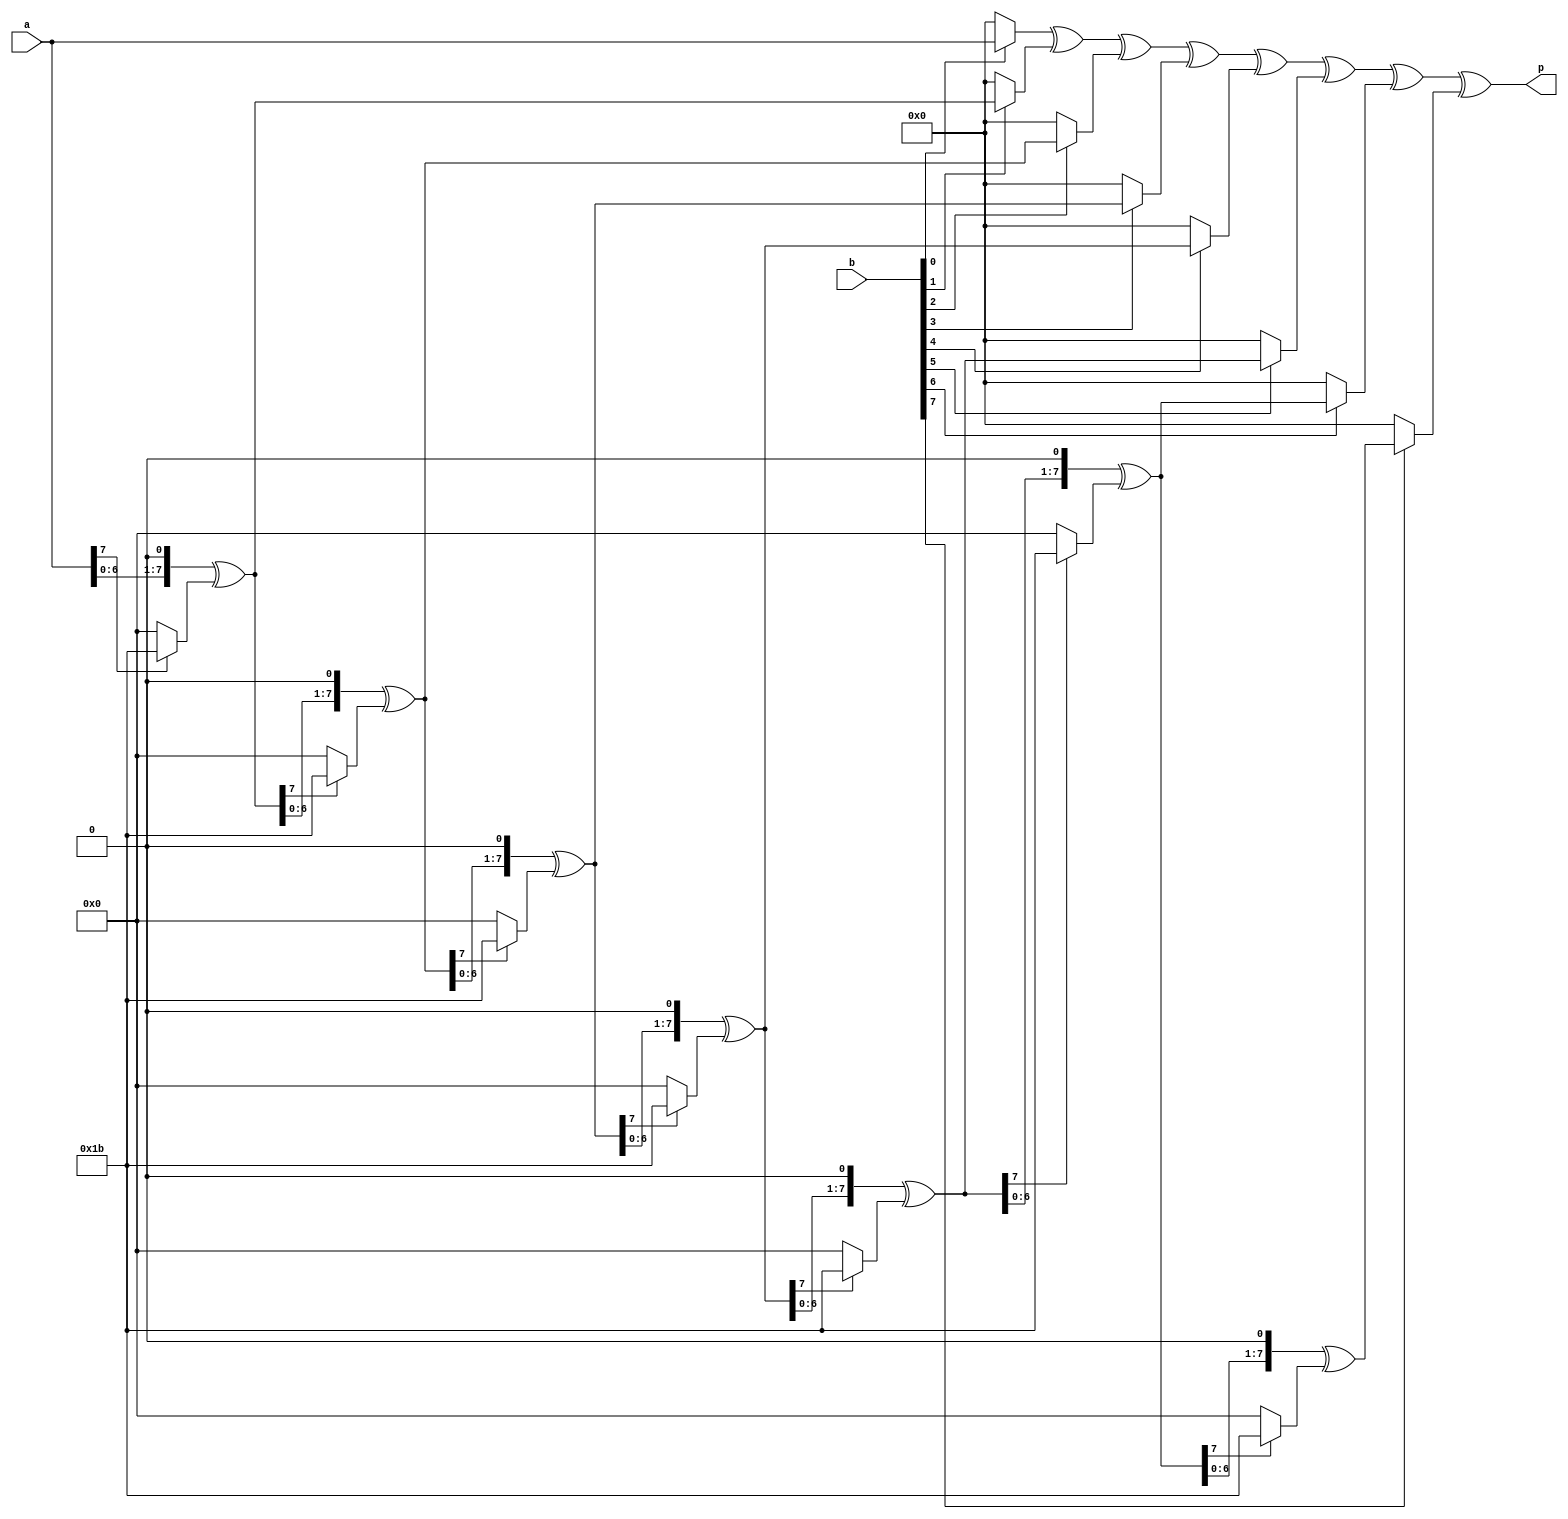
/*
gal8_mul.v

 * Multiplies two numbers in the GF(2^8) finite field defined 
 * by the polynomial x^8 + x^4 + x^3 + x + 1 = 0
 * using the Russian Peasant Multiplication algorithm

EXPLANATION
Run the following loop 8 times (once per bit). It is OK to stop when a or b is zero before an iteration:
    1. If the rightmost bit of b is set, exclusive OR the product p by the value of a. This is polynomial addition.
    2. Shift b one bit to the right, discarding the rightmost bit, and making the leftmost bit have a value of zero. This divides the polynomial by x, discarding the x0 term.
    3. Keep track of whether the leftmost bit of a is set to one and call this value carry.
    4. Shift a one bit to the left, discarding the leftmost bit, and making the new rightmost bit zero. This multiplies the polynomial by x, but we still need to take account of carry which represented the coefficient of x7.
    5. If carry had a value of one, exclusive or a with the hexadecimal number 0x1b (00011011 in binary). 0x1b corresponds to the irreducible polynomial with the high term eliminated. Conceptually, the high term of the irreducible polynomial and carry add modulo 2 to 0.
p now has the product
Source: Wikipedia
7 6 5 4 3 2 1 0
My notes:
The conditional bit shifting and "looping" mentioned above has been parallelised resulting in a purely combinational module
*/

module gal8_mul(
    input [7:0] a,
    input [7:0] b,
    output [7:0] p
);
    wire [7:0] a_1;
    wire [7:0] a_2;
    wire [7:0] a_3;
    wire [7:0] a_4;
    wire [7:0] a_5;
    wire [7:0] a_6;
    wire [7:0] a_7;

    wire [7:0] p_0;
    wire [7:0] p_1;
    wire [7:0] p_2;
    wire [7:0] p_3;
    wire [7:0] p_4;
    wire [7:0] p_5;
    wire [7:0] p_6;

    assign p_0 = (b[0])? a : 8'b0;
    assign a_1 = {a[6:0], 1'b0} ^ ((a[7])? 8'b00011011 : 8'b0);

    assign p_1 = p_0 ^ ((b[1])? a_1 : 8'b0);
    assign a_2 = {a_1[6:0], 1'b0} ^ ((a_1[7])? 8'b00011011 : 8'b0);

    assign p_2 = p_1 ^ ((b[2])? a_2 : 8'b0);
    assign a_3 = {a_2[6:0], 1'b0} ^ ((a_2[7])? 8'b00011011 : 8'b0);

    assign p_3 = p_2 ^ ((b[3])? a_3 : 8'b0);
    assign a_4 = {a_3[6:0], 1'b0} ^ ((a_3[7])? 8'b00011011 : 8'b0);

    assign p_4 = p_3 ^ ((b[4])? a_4 : 8'b0);
    assign a_5 = {a_4[6:0], 1'b0} ^ ((a_4[7])? 8'b00011011 : 8'b0);

    assign p_5 = p_4 ^ ((b[5])? a_5 : 8'b0);
    assign a_6 = {a_5[6:0], 1'b0} ^ ((a_5[7])? 8'b00011011 : 8'b0);

    assign p_6 = p_5 ^ ((b[6])? a_6 : 8'b0);
    assign a_7 = {a_6[6:0], 1'b0} ^ ((a_6[7])? 8'b00011011 : 8'b0);

    assign p = p_6 ^ ((b[7])? a_7 : 8'b0);
endmodule